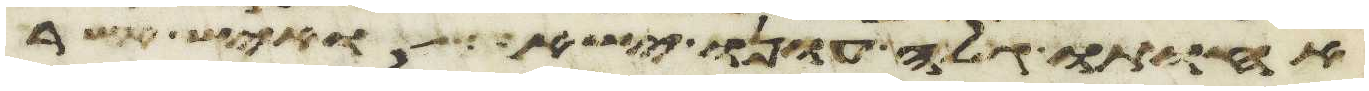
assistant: אחותו גלה עונו ישא ואיש אשר